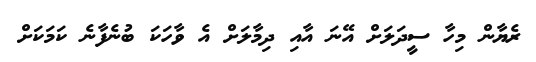
ރެޔާން މިހާ ސީދަލަށް އޭނަ އާއި ދިމާލަށް އެ ވާހަކަ ބުނެފާނެ ކަމަކަށް